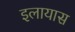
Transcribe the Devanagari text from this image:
इलायास